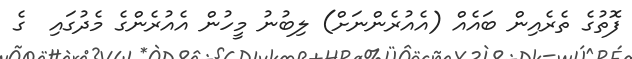
ފޮތުގެ ތެރެއިން ބައެއް (އެއުރެންނަށް) ލިބުނު މީހުން އެއުރެންގެ މެދުގައި  ގެ